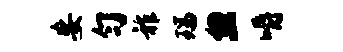
妄匀祚瑞忽嚼